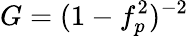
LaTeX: G=(1-f_{p}^{2})^{-2}